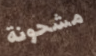
مشحونة